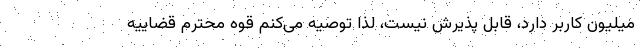
میلیون کاربر دارد، قابل پذیرش نیست، لذا توصیه می‌کنم قوه محترم قضاییه